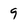
Character: 9